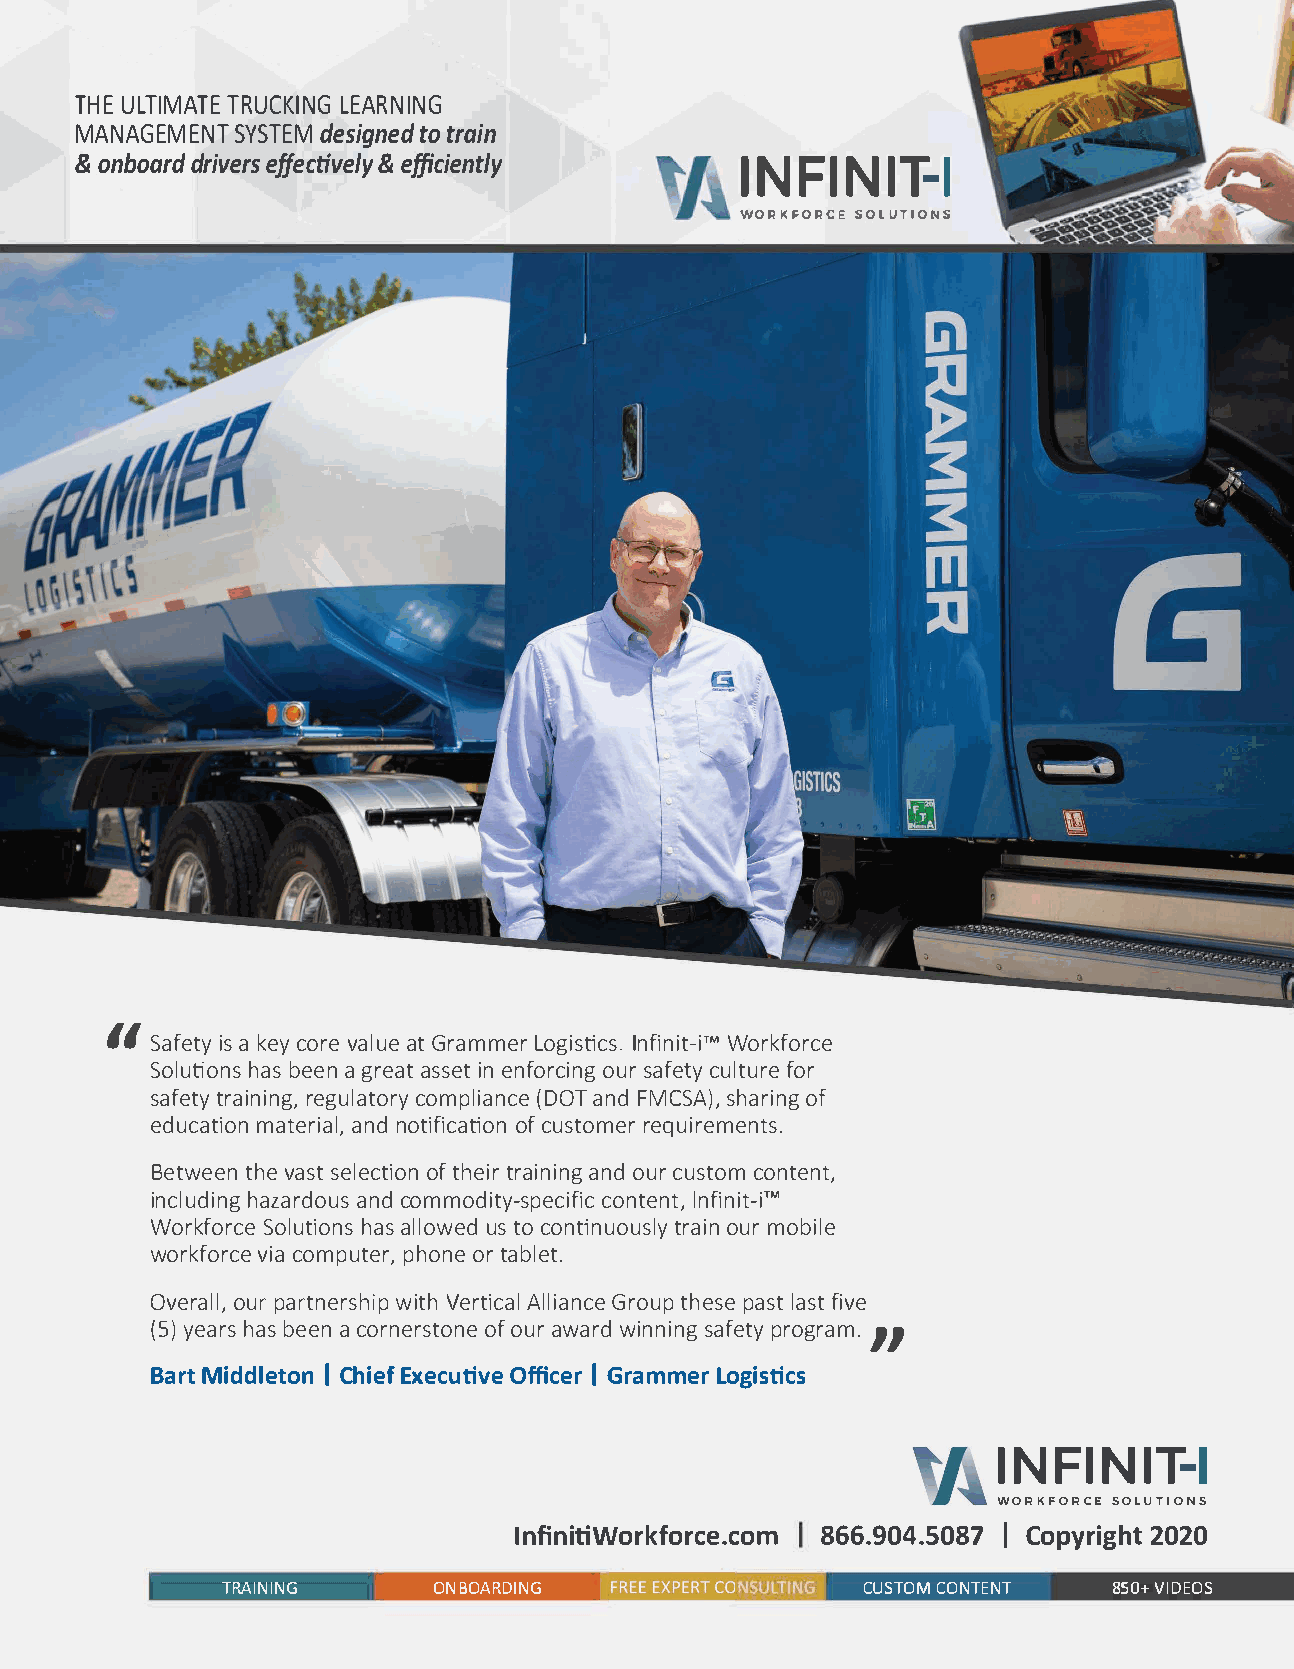
THUEL TIMTARTUEC KLIAENRGN ING
 MANAGEMSEYNSTTd  EeMs igtnote rda in
 &o nbodarridv eeffresc ti&ve effilcyi ently INNIFIIT-1
 WORKFORCSEO LUTIONS
 II
 Safieastk yec yo rvea lautGe r ammLeorg ilsntfi™ic Wnsoi.rt k-fiorce
 Soluhtiaobsne sea gn r eaastsi eentn forocusiran fgce utlytf uorre
 saftertayi rneignuglc,ao tmoprly(i DaOnaTcn FedM CSsAh)a,ro ifn g
 educamtaitoenar nindao lt,i foifcc uasttioromeneq ru irements.
 Betwtehevena ssetl eocftt hieotinrr a ianniodnu cgru stcoomn tent,
 inclhuadzianrgad nocduo sm modityc-osnptleencnfit™if,ni ict -i
 WorkfSoorlcueht aiasol nlsou wste ocd o ntinturoaouiusnrl ym obile
 workfvoicraoc mep uptheoron,rte a blet.
 Overoauplral r,t nweirtVsheh ritpAi lclaiGlar noctuehp e psaels atfs itv e
 (5y)eahrabsse eacn o rnerosfot uaorwn aewr idn nsianfgpe rtoyg ram.
 II
 BaMritd  dlIeC thoiEnex fe cuOffiticveeIGr r ammLeorg istics
 INFI-N1I            T
 WORKFORCE SOLUTIONS
 I
 In fnii ti Workfor8c6e6..c9o0m4   .C5o0p8y7r2 i0g2h0t
 TRAINING      ONB OARDING                 CUSTCOOMN TENT   850V+I DEOS